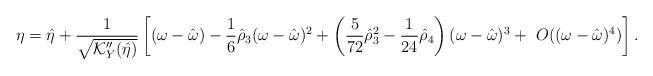
\begin{align*} \eta = \hat{\eta} + \frac{1}{\sqrt{\mathcal{K}_{Y}''(\hat{\eta})}} \left[ (\omega - \hat{\omega}) - \frac{1}{6}\hat{\rho}_3 (\omega - \hat{\omega})^2 + \left( \frac{5}{72}\hat{\rho}_3^2 - \frac{1}{24}\hat{\rho}_4\right) (\omega - \hat{\omega})^3 + \ O((\omega - \hat{\omega})^4)\right]. \end{align*}